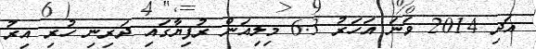
އަދި 2014 ވަނަ އަހަރު 6.3 މިލިއަން ރުފިޔާގައި ދަރިނި ހުރި އިރު